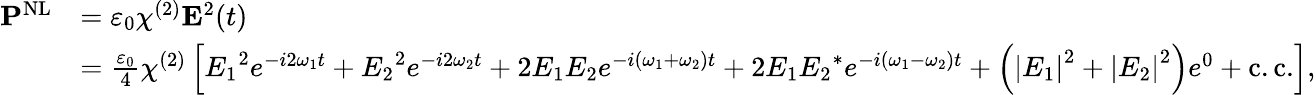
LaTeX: {\begin{array}{rl}{\mathbf{P}^{\mathrm{NL}}}&{=\varepsilon_{0}\chi^{(2)}\mathbf{E}^{2}(t)}\\ &{={\frac{\varepsilon_{0}}{4}}\chi^{(2)}\left[{E_{1}}^{2}e^{-i2\omega_{1}t}+{E_{2}}^{2}e^{-i2\omega_{2}t}+2E_{1}E_{2}e^{-i(\omega_{1}+\omega_{2})t}+2E_{1}{E_{2}}^{*}e^{-i(\omega_{1}-\omega_{2})t}+\left(\left|E_{1}\right|^{2}+\left|E_{2}\right|^{2}\right)e^{0}+{\mathrm{c.c.}}\right],}\end{array}}